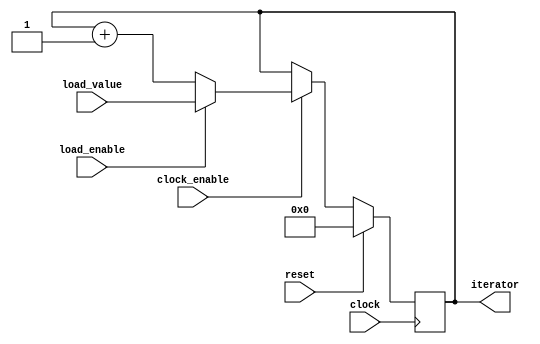
module up_counter #(parameter COUNTER_WIDTH = 6)(
input clock,
input clock_enable,
input reset,
input load_enable,
input [COUNTER_WIDTH-1:0] load_value,
output [COUNTER_WIDTH-1:0] iterator
    );
    
   reg [COUNTER_WIDTH-1:0] iterator = {COUNTER_WIDTH{1'b0}};

   always @(posedge clock)
    begin
      if (reset)
         iterator <= {COUNTER_WIDTH{1'b0}};
      else if (clock_enable)
         if (load_enable)
            iterator <= load_value;
         else
            iterator <= iterator + 1'b1;
      end
            
						
endmodule